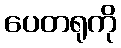
ပေတရုကို